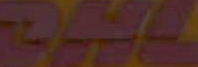
DAYL